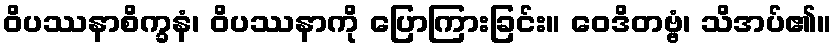
ဝိပဿနာစိက္ခနံ၊ ဝိပဿနာကို ပြောကြားခြင်း။ ဝေဒိတဗ္ဗံ၊ သိအပ်၏။